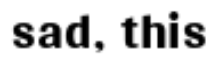
sad, this